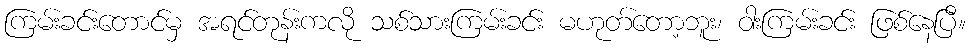
ကြမ်းခင်းတောင်မှ အရင်တုန်းကလို သစ်သားကြမ်းခင်း မဟုတ်တော့ဘူး၊ ဝါးကြမ်းခင်း ဖြစ်နေပြီ။